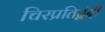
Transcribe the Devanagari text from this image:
चिरप्रतिद्वंदी